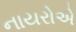
નાયરોએ